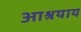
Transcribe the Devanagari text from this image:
आश्रयाय